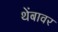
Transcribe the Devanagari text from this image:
थेंबावर